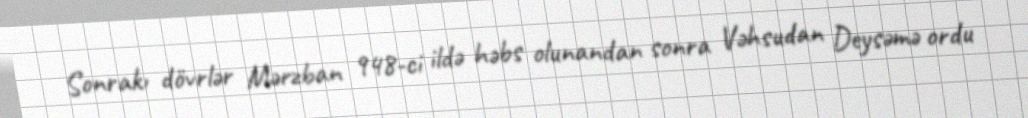
Sonrakı dövrlər Mərzban 948-ci ildə həbs olunandan sonra Vəhsudan Deysəmə ordu